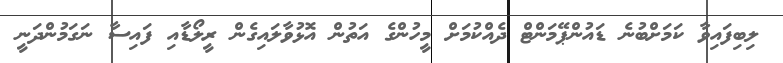
ލިބިފައިވާ ކަމަށްބުނެ ޑައުންޕޭމަންޓް ދެއްކުމަށް މީހުންގެ އަތުން އޮޅުވާލައިގެން ރީލޯޑާއި ފައިސާ ނަގަމުންދަނީ